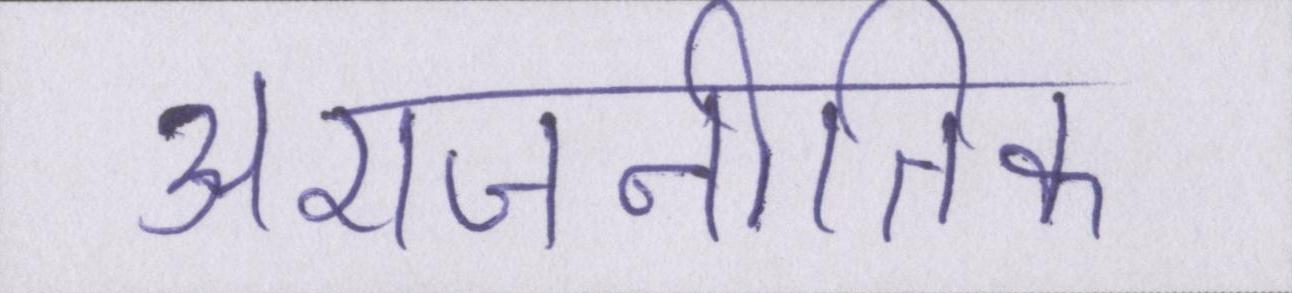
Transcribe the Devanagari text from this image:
अराजनीतिक